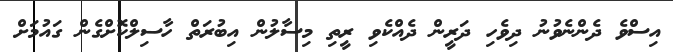
އިސްވެ ދެންނެވުނު ދިވެހި ދަރީން ދެއްކެވި ރީތި މިސާލުން އިބުރަތް ހާސިލްކޮށްގެން ގައުމަށް